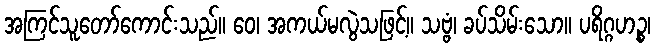
အကြင်သူတော်ကောင်းသည်။ ဝေ၊ အကယ်မလွဲသဖြင့်။ သဗ္ဗံ၊ ခပ်သိမ်းသော။ ပရိဂ္ဂဟဉ္စ၊